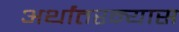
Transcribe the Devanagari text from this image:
अर्थांतरन्यास